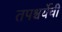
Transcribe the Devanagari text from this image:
तपश्चर्येची